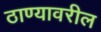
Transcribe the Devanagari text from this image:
ठाण्यावरील